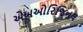
એબઓરિજિનલ